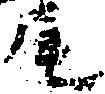
尾